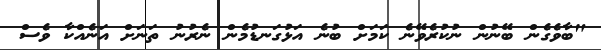
"ބާވެގެން ބޭނުން ނުކުރެވޭނެ ކަމަށް ބުނެ އަޅުގަނޑުމެން ނެރުނު ތަނަށް އަނެއްކާ ވެސް